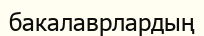
бакалаврлардың